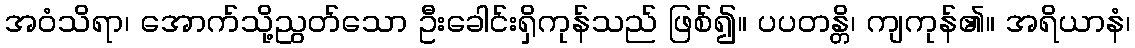
အဝံသိရာ၊ အောက်သို့ညွတ်သော ဦးခေါင်းရှိကုန်သည် ဖြစ်၍။ ပပတန္တိ၊ ကျကုန်၏။ အရိယာနံ၊